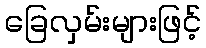
ခြေလှမ်းများဖြင့်